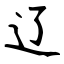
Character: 辽